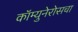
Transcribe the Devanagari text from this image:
कॉम्युनेरोसचा